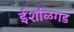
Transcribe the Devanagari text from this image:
ईर्शाळगड